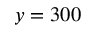
y = 3 0 0